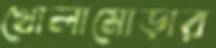
খোলামোড়ার